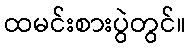
ထမင်းစားပွဲတွင်။